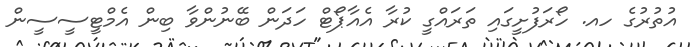
އުތުރުގެ ހއ. ހޯރަފުށީގައި ތަރައްގީ ކުރާ އެއާޕޯޓް ހަދަން ބޭނުންވާ ބިން އެމްޓީސީސީން